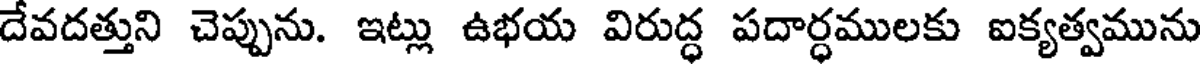
దేవదత్తుని చెప్పును. ఇట్లు ఉభయ విరుద్ధ పదార్ధములకు ఐక్యత్వమును